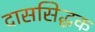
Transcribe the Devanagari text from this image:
दाससिद्धक